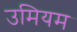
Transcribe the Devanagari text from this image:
उमियम